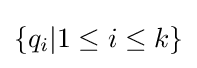
\{q_{i}|1\leq i\leq k\}